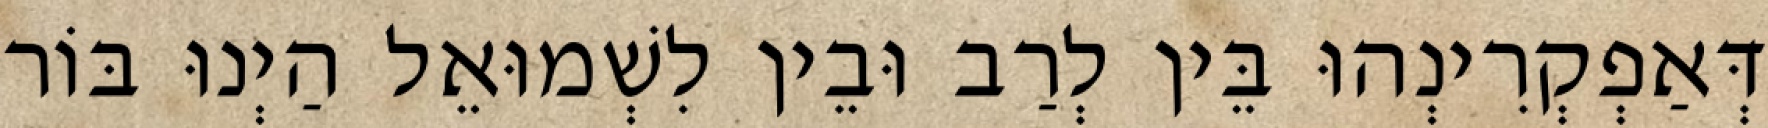
דְּאַפְקְרִינְהוּ בֵּין לְרַב וּבֵין לִשְׁמוּאֵל הַיְנוּ בּוֹר